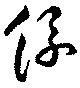
絲